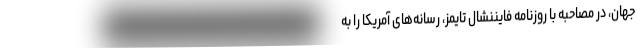
جهان، در مصاحبه با روزنامه فایننشال تایمز، رسانه‌های آمریکا را به